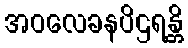
အဝလေခနပိဌရန္တိ